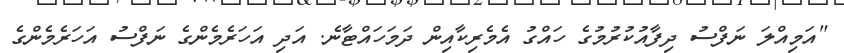
"އަމިއްލަ ނަފްސު ދިފާއުކުރުމުގެ ހައްގު އެމެރިކާއިން ދަމަހައްޓާނެ. އަދި އަހަރެމެންގެ ނަފްސު އަހަރެމެންގެ